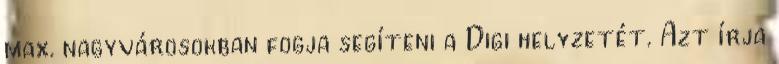
max. nagyvárosokban fogja segíteni a Digi helyzetét. Azt írja